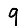
Digit: 9